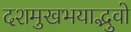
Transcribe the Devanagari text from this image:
दशमुखभयाद्भुवो